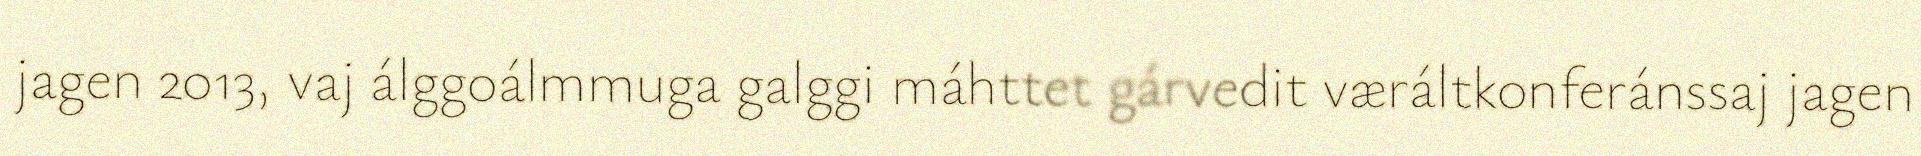
jagen 2013, vaj álggoálmmuga galggi máhttet gárvedit væráltkonferánssaj jagen